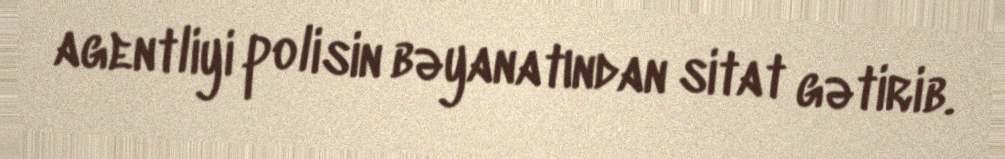
agentliyi polisin bəyanatından sitat gətirib.